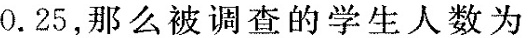
0.25，那么被调查的学生人数为